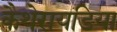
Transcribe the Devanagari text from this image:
कैथेरायडिया